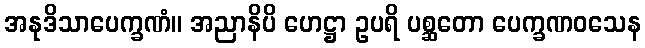
အနုဒိသာပေက္ခဏံ။ အညာနိပိ ဟေဋ္ဌာ ဥပရိ ပစ္ဆတော ပေက္ခဏဝသေန